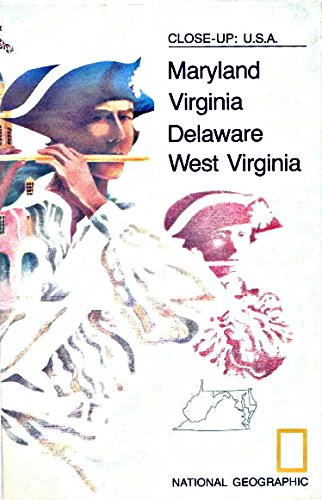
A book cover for Close-Up U.S.A: Maryland Virginia, Delaware, West Virginia; Travel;